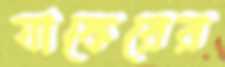
যাকেরের